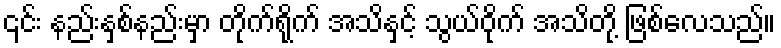
၎င်း နည်းနှစ်နည်းမှာ တိုက်ရိုက် အသိနှင့် သွယ်ဝိုက် အသိတို့ ဖြစ်လေသည်။